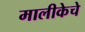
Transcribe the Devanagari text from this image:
मालीकेचे